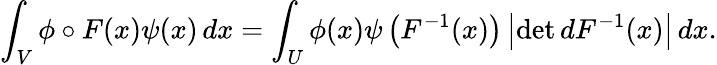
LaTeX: \int_{V}\phi\circ F(x)\psi(x)\, dx=\int_{U}\phi(x)\psi\left(F^{-1}(x)\right)\left|\operatorname*{det}dF^{-1}(x)\right|\, dx.